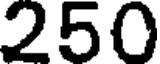
250